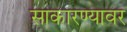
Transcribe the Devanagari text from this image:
साकारण्यावर